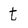
Character: t